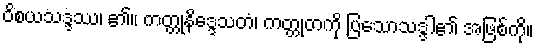
ဝိစယသဒ္ဒဿ၊ ၏။ ကတ္တုနိဒ္ဒေသတံ၊ ကတ္တုတကို ပြသောသဒ္ဒါ၏ အဖြစ်ကို။